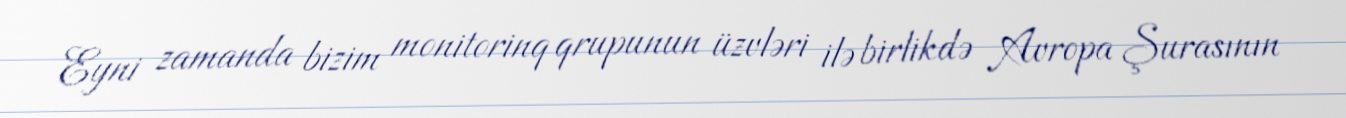
Eyni zamanda bizim monitorinq qrupunun üzvləri ilə birlikdə Avropa Şurasının